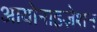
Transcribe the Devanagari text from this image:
आयोनाइज़ेशन